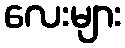
လေးများ